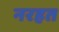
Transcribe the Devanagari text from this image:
नरहत